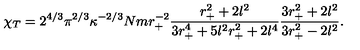
\chi _ { T } = 2 ^ { 4 / 3 } \pi ^ { 2 / 3 } \kappa ^ { - 2 / 3 } N m r _ { + } ^ { - 2 } \frac { r _ { + } ^ { 2 } + 2 l ^ { 2 } } { 3 r _ { + } ^ { 4 } + 5 l ^ { 2 } r _ { + } ^ { 2 } + 2 l ^ { 4 } } \frac { 3 r _ { + } ^ { 2 } + 2 l ^ { 2 } } { 3 r _ { + } ^ { 2 } - 2 l ^ { 2 } } .